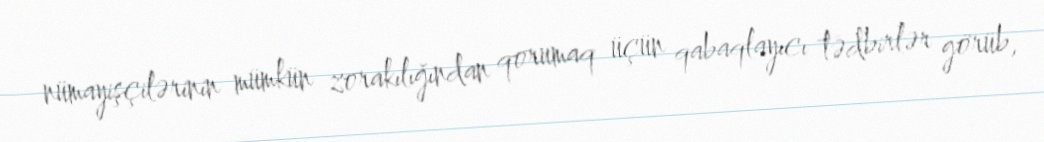
nümayişçilərinin mümkün zorakılığından qorumaq üçün qabaqlayıcı tədbirlər görüb,